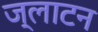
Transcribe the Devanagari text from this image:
ज्लाटन